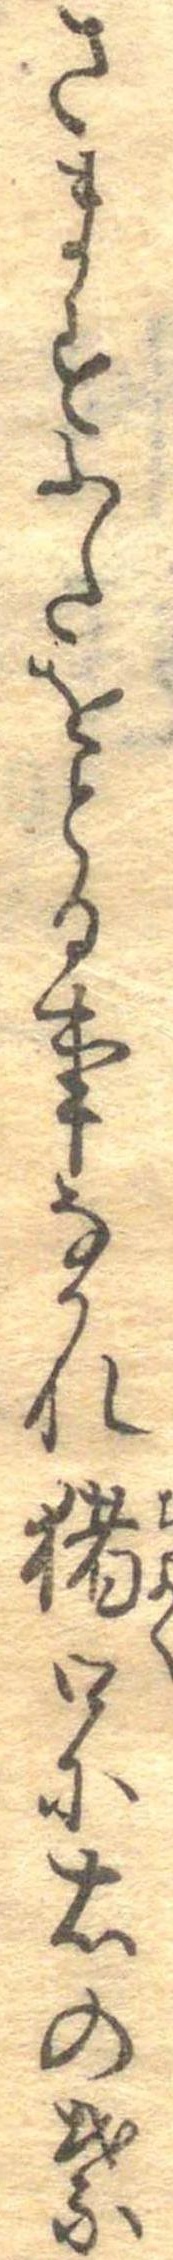
さますふたをとる事なかれ猪口に右の葉